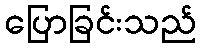
ပြောခြင်းသည်